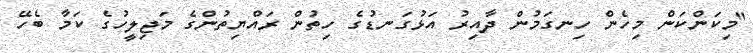
"މިކަންކަން މިހެން ހިނގަމުން ދާއިރު އަޅުގަނޑުގެ ހިތުން ރައްޔިތުންގެ މަޖިލީހުގެ ކަމާ ބެހޭ